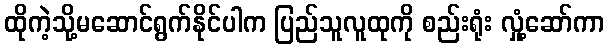
ထိုကဲ့သို့မဆောင်ရွက်နိုင်ပါက ပြည်သူလူထုကို စည်းရုံး လှုံ့ဆော်ကာ